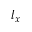
l _ { x }